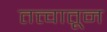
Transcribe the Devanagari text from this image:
तत्त्वातून